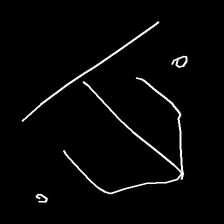
Glyph: earth